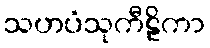
သဟပံသုကီဠိကာ